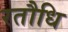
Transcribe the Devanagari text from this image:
रतौधि